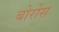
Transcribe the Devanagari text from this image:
बोर्रोस